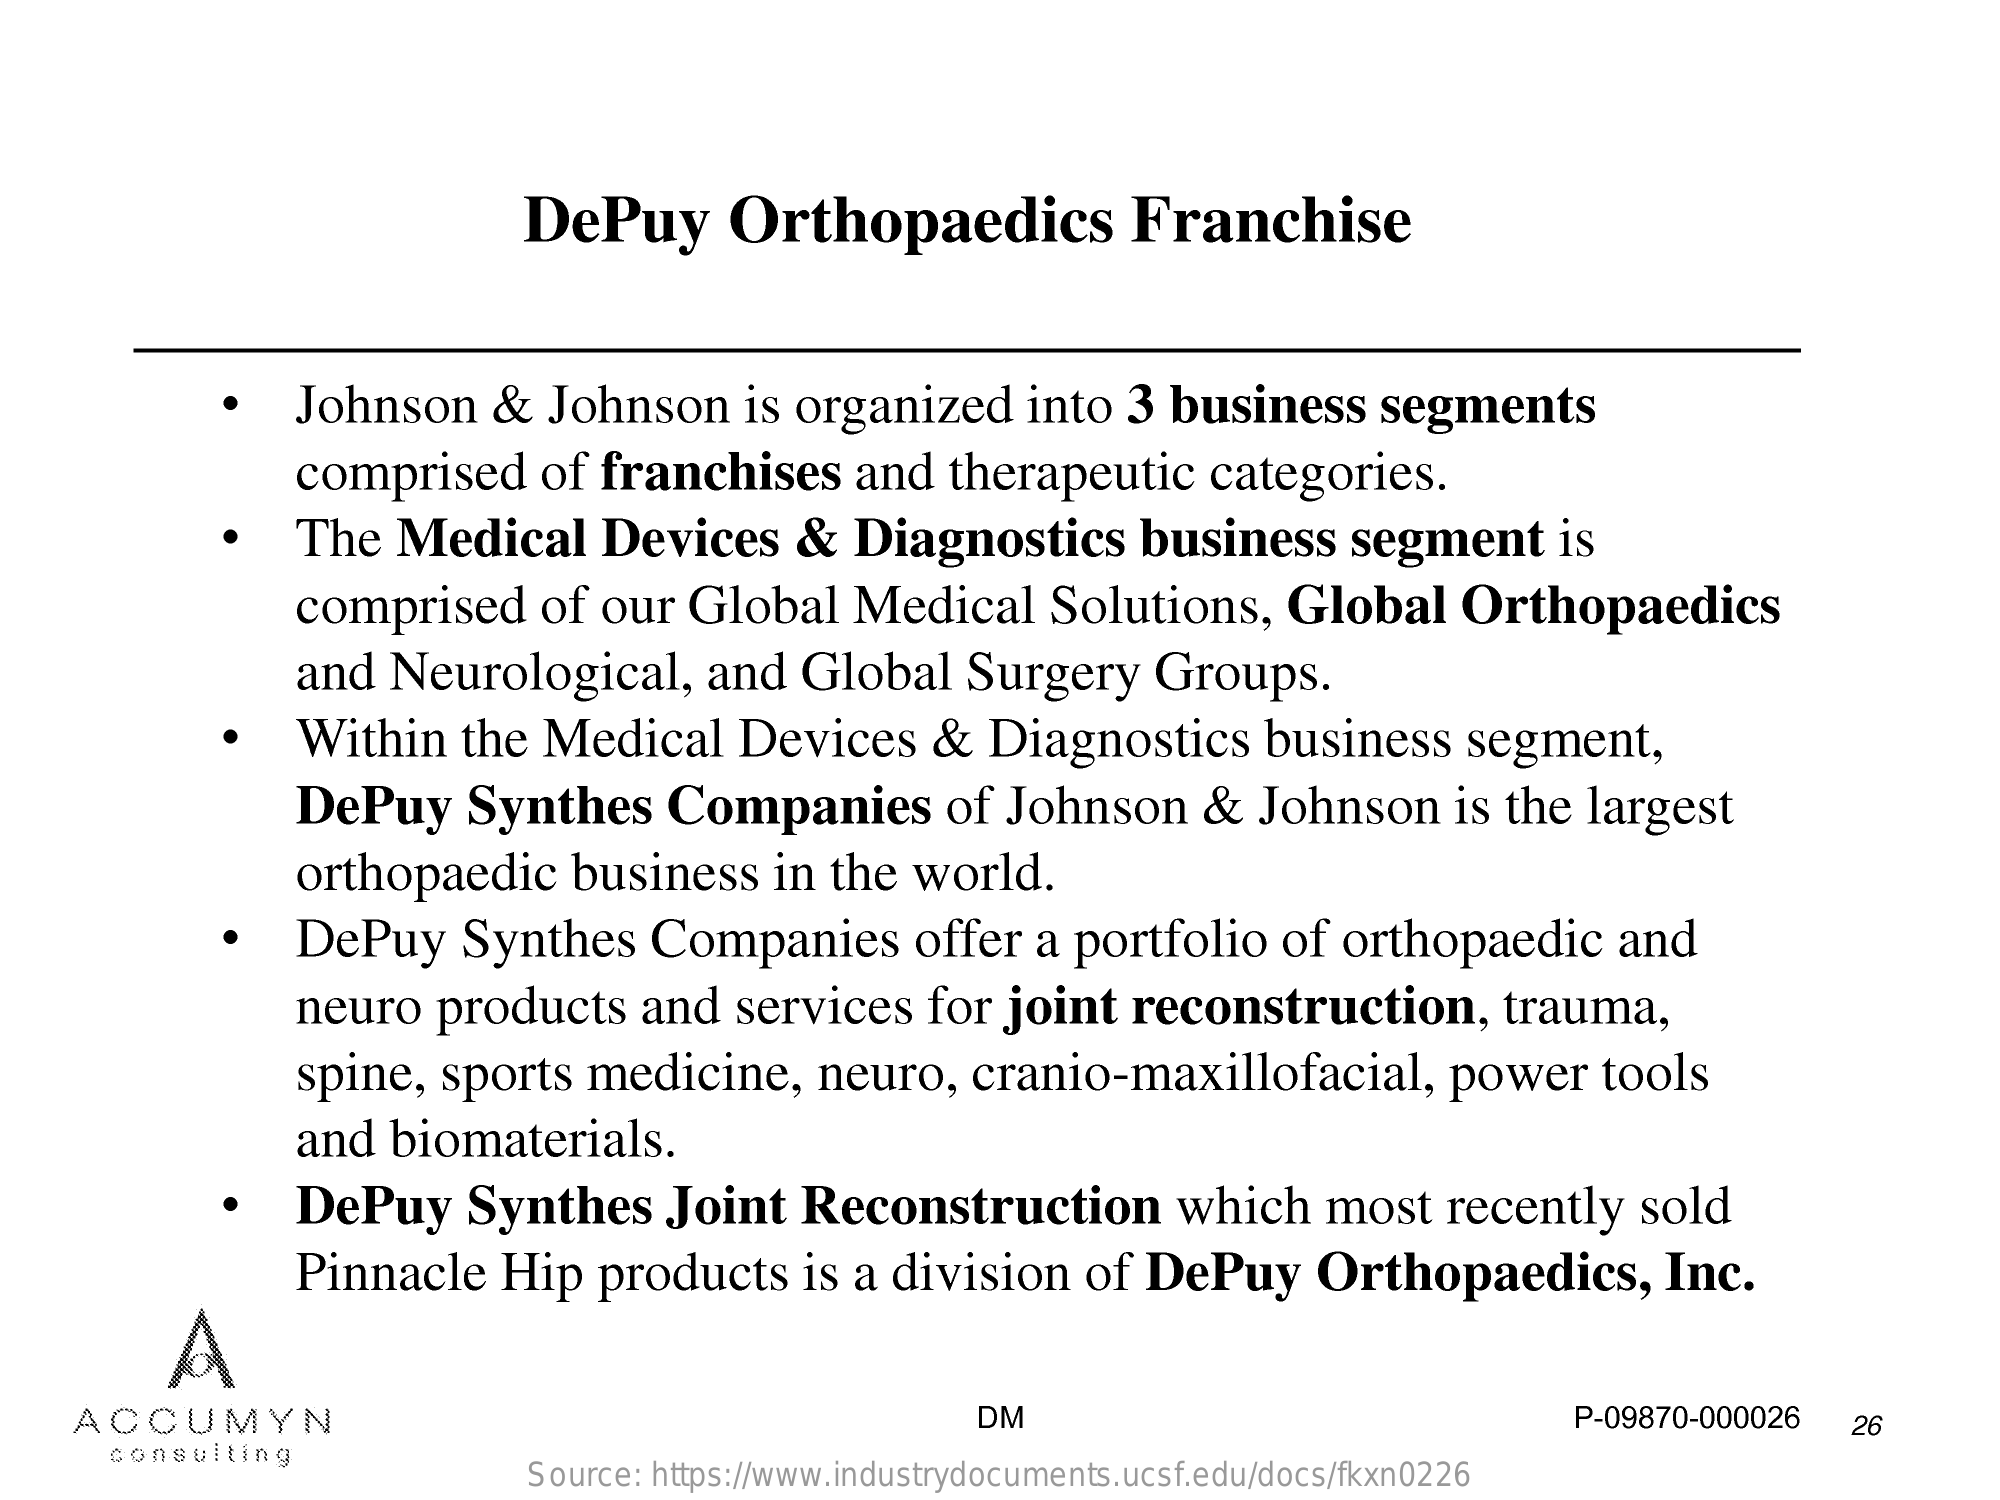
DePuy    Orthopaedics    Franchise
     ·   Johnson    &  Johnson    is organized    into   3 business    segments
     comprised    of franchises    and  therapeutic    categories.
     The  Medical    Devices    &  Diagnostics    business    segment    is
     comprised    of  our  Global    Medical    Solutions,    Global    Orthopaedics
     and  Neurological,    and   Global    Surgery    Groups.
     Within    the  Medical    Devices    &   Diagnostics    business    segment,
     DePuy    Synthes    Companies    of  Johnson    &   Johnson    is the  largest
     orthopaedic    business    in  the  world.
     DePuy    Synthes    Companies    offer   a portfolio    of  orthopaedic    and
     neuro   products    and   services    for  joint   reconstruction,    trauma,
     spine,   sports   medicine,    neuro,    cranio-maxillofacial,    power    tools
     and  biomaterials.
     DePuy    Synthes    Joint   Reconstruction    which    most    recently    sold
     Pinnacle    Hip   products    is a  division    of  DePuy    Orthopaedics,    Inc.
     A
     ACCUMYN    DM    P-09870-000026    26
     consulting
     Source: https://www.industrydocuments.ucsf.edu/docs/fkxn0226